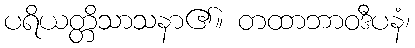
ပရိယတ္တိသာသနာ၏။ တထာဘာဝဒီပနံ၊